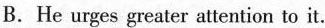
B. He urges greater attention to it.